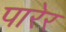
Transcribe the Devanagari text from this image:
पारेर